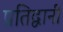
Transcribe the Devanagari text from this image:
प्रतिद्वानी